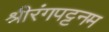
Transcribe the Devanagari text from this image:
श्रीरंगपट्टनम